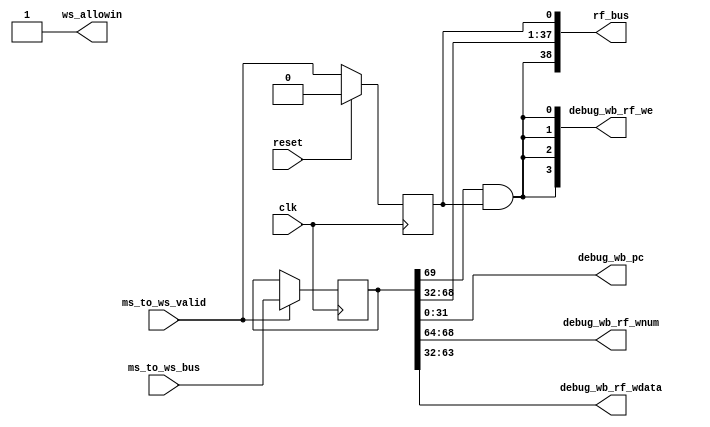
module WB_stage(
    input               clk,
    input               reset,
    // allowin
    output              ws_allowin,
    // input from ID stage
    input               ms_to_ws_valid,
    input   [69:0]      ms_to_ws_bus,//MEMWB
    // output for reg_file
    output  [38:0]      rf_bus,//
    //trace debug interface
    output [31:0] debug_wb_pc     ,
    output [ 3:0] debug_wb_rf_we  ,
    output [ 4:0] debug_wb_rf_wnum,
    output [31:0] debug_wb_rf_wdata
);

wire        ws_gr_we;
wire [31:0] ws_final_result;
wire [31:0] ws_pc;
wire [4: 0] ws_dest;

wire        ws_rf_we   ;
wire [ 4:0] ws_rf_waddr;
wire [31:0] ws_rf_wdata;

reg         ws_valid;
wire        ws_ready_go;
reg  [69:0] ms_to_ws_bus_r;

assign ws_rf_we    = ws_gr_we && ws_valid;
assign ws_rf_waddr = ws_dest;
assign ws_rf_wdata = ws_final_result;

assign ws_ready_go = 1'b1;
assign ws_allowin  = !ws_valid || ws_ready_go;
always @(posedge clk) begin
    if (reset) begin
        ws_valid <= 1'b0;
    end
    else if (ws_allowin) begin
        ws_valid <= ms_to_ws_valid;
    end
    if (ms_to_ws_valid && ws_allowin) begin
        ms_to_ws_bus_r <= ms_to_ws_bus;
    end
end

//deal with input and output
assign {ws_gr_we,ws_dest,ws_final_result,ws_pc}=ms_to_ws_bus_r;
assign rf_bus={ws_rf_we,ws_rf_waddr,ws_rf_wdata,ws_valid};

// debug info generate
assign debug_wb_pc       = ws_pc;
assign debug_wb_rf_we    = {4{ws_rf_we}};
assign debug_wb_rf_wnum  = ws_rf_waddr;
assign debug_wb_rf_wdata = ws_rf_wdata;

endmodule